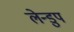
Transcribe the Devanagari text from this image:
लेन्डुप